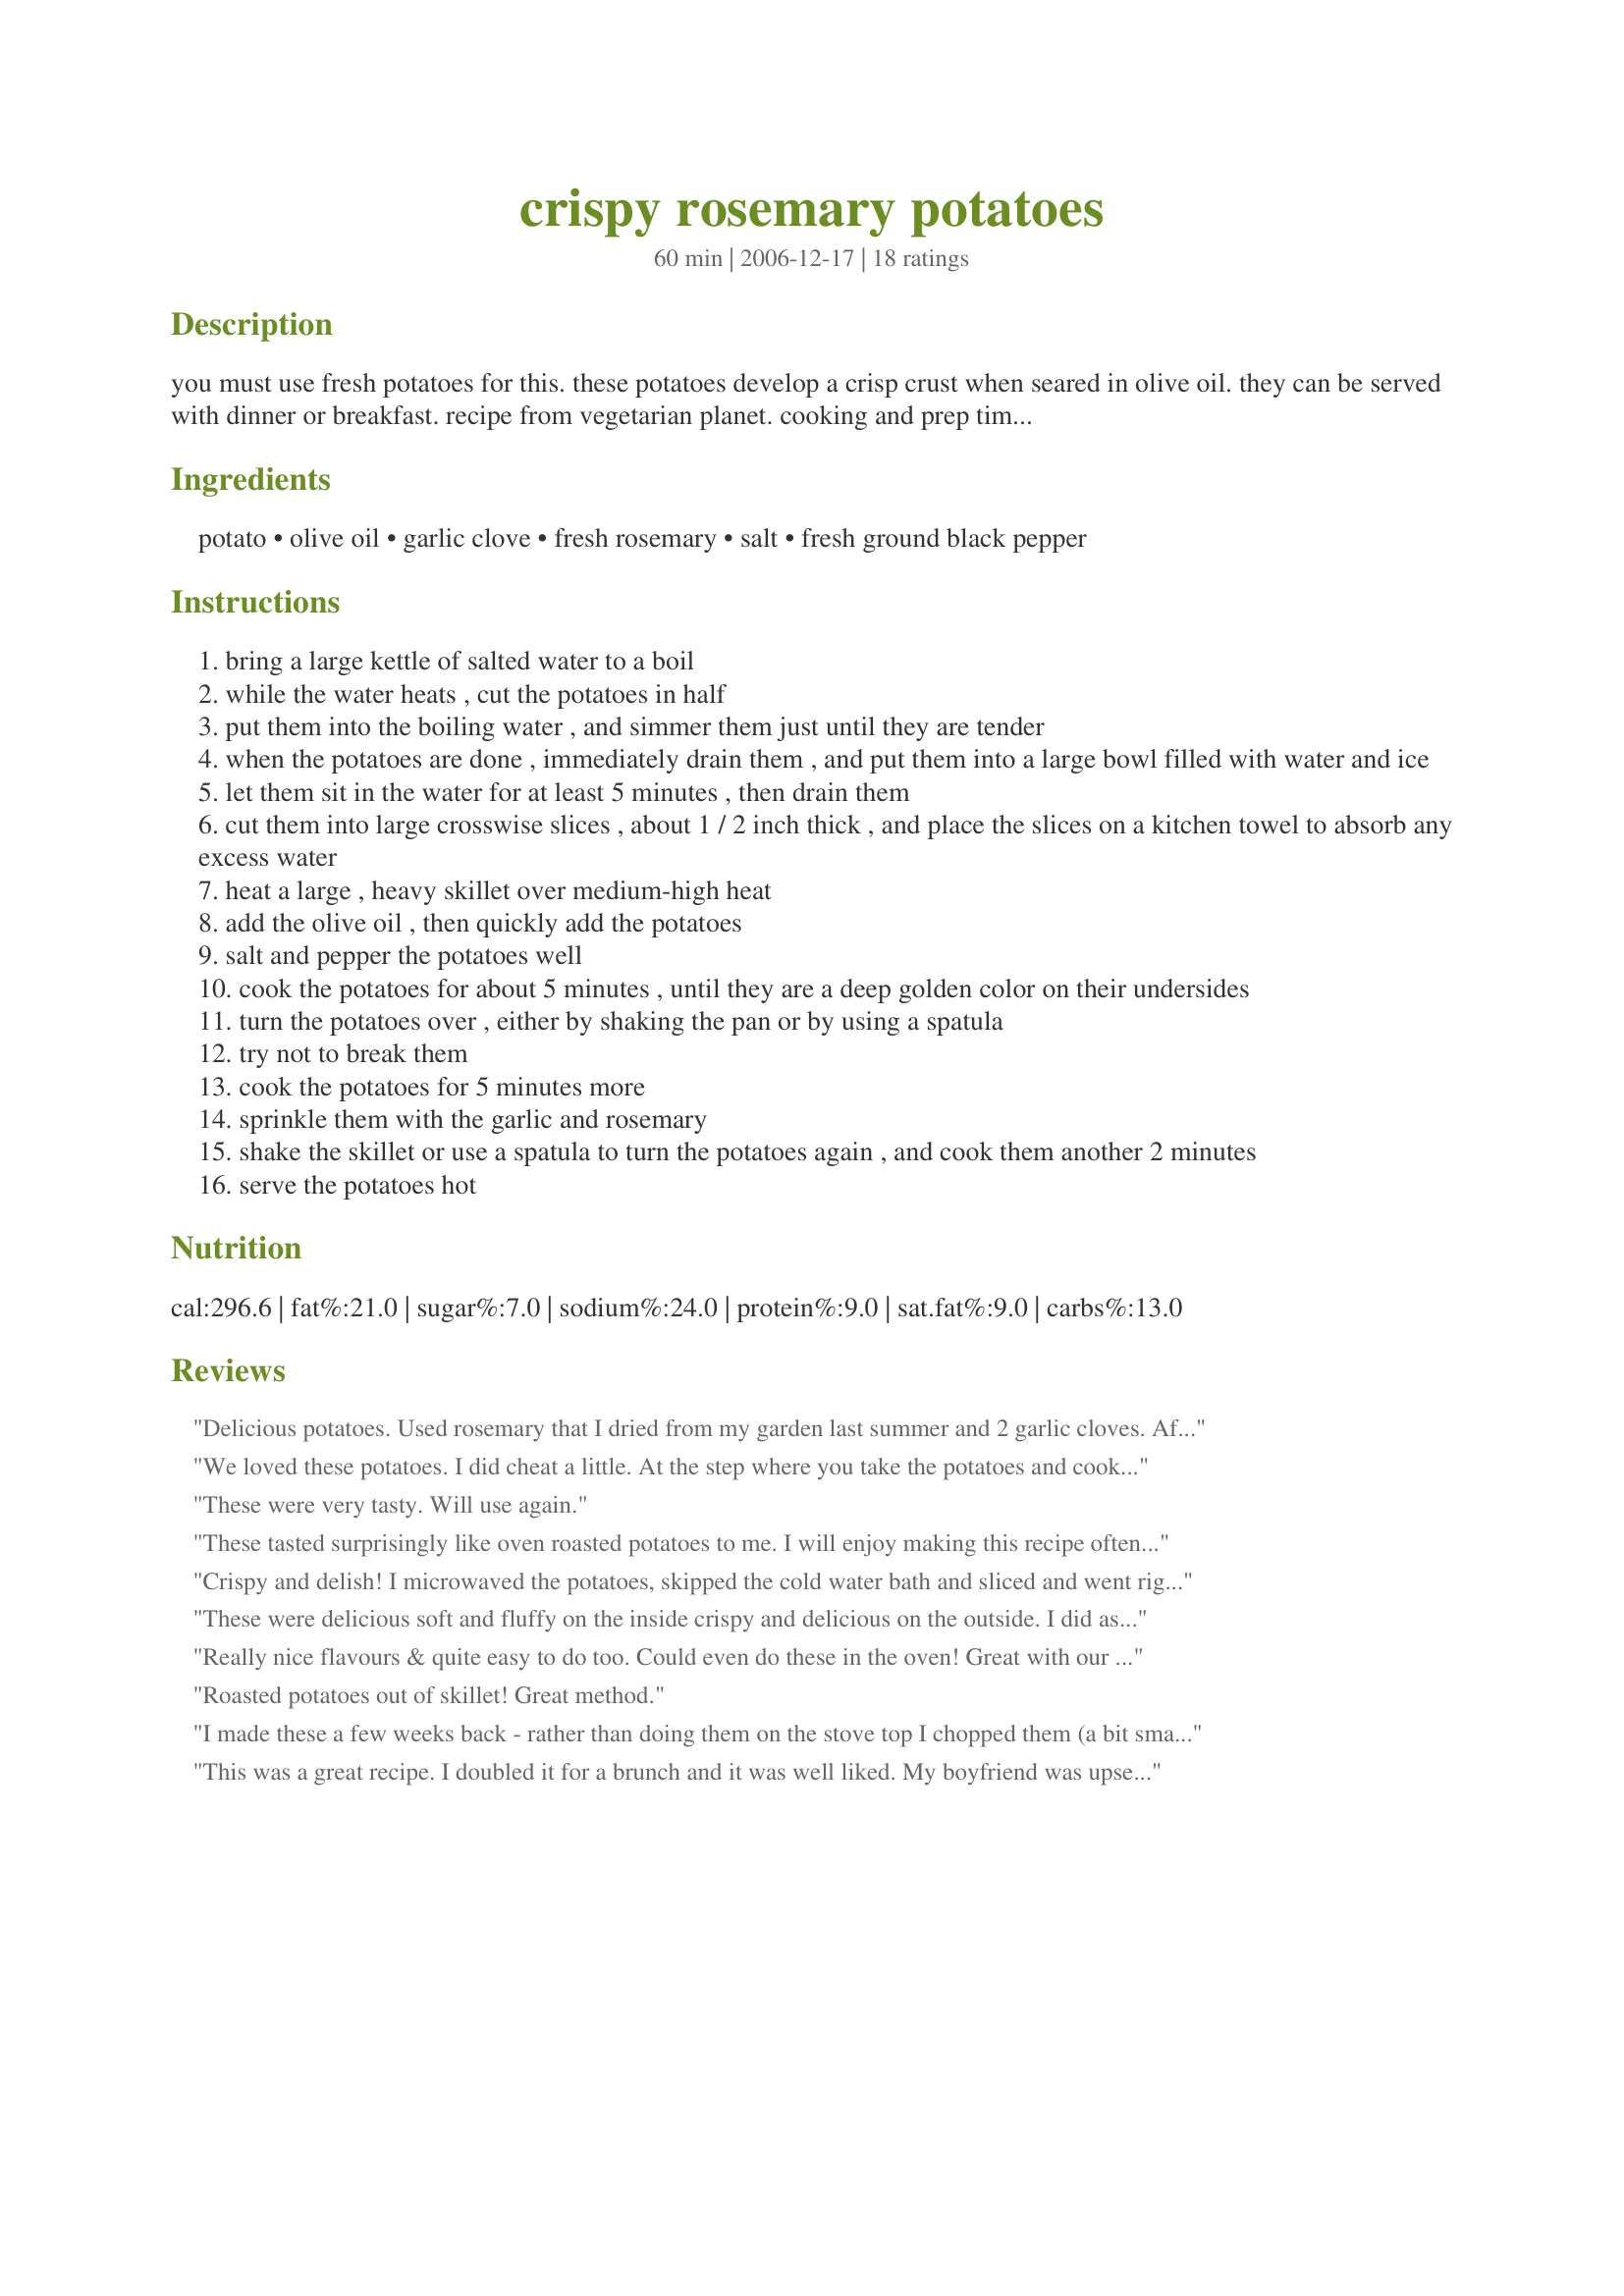
crispy rosemary potatoes
Preparation time: 60 minutes

you must use fresh potatoes for this. these potatoes develop a crisp crust when seared in olive oil. they can be served with dinner or breakfast. recipe from vegetarian planet. cooking and prep times are an estimate.

Ingredients:
potato, olive oil, garlic clove, fresh rosemary, salt, fresh ground black pepper

Steps:
bring a large kettle of salted water to a boil
while the water heats , cut the potatoes in half
put them into the boiling water , and simmer them just until they are tender
when the potatoes are done , immediately drain them , and put them into a large bowl filled with water and ice
let them sit in the water for at least 5 minutes , then drain them
cut them into large crosswise slices , about 1 / 2 inch thick , and place the slices on a kitchen towel to absorb any excess water
heat a large , heavy skillet over medium-high heat
add the olive oil , then quickly add the potatoes
salt and pepper the potatoes well
cook the potatoes for about 5 minutes , until they are a deep golden color on their undersides
turn the potatoes over , either by shaking the pan or by using a spatula
try not to break them
cook the potatoes for 5 minutes more
sprinkle them with the garlic and rosemary
shake the skillet or use a spatula to turn the potatoes again , and cook them another 2 minutes
serve the potatoes hot

Reviews:
Delicious potatoes. Used rosemary that I dried from my garden last summer and 2 garlic cloves. After reading the reviews I skipped the cold water and ice bath too. Served with recipe #218486 #218486. Wonderful combination of flavors.
We loved these potatoes. I did cheat a little. At the step where you take the potatoes and cook in the olive oil, I coated them and placed them in the oven and let them finish off in the oven. I turned them about half 15 minutes after placing them in the oven, then cooked for about 15 minutes longer. DH almost made himself sick on these!!!!
These were very tasty. Will use again.
These tasted surprisingly like oven roasted potatoes to me. I will enjoy making this recipe often when my oven is occupied. Thanks for sharing. ~Sue
Crispy and delish! I microwaved the potatoes, skipped the cold water bath and sliced and went right into frying. Made 4 serving and then used 4times the garlic! 
Thanks!
These were delicious soft and fluffy on the inside crispy and delicious on the outside. I did as another reviewer did and parboiled the potatoes put them back in the pan cooked the water off a little sprinkled with the olive oil, garlic, rosemary and some oregano tossed it a bit and put in on a large cookie sheet and finished in a 450 degree oven. Thanks for the great recipe.
Really nice flavours & quite easy to do too. Could even do these in the oven! Great with our fish for dinner!
Roasted potatoes out of skillet! Great method.
I made these a few weeks back - rather than doing them on the stove top I chopped them (a bit smaller than you would for the stove top) and baked them. 30 - 35 minutes in a hot oven and they were crunchy and delicious. I didn&#039;t have the time to keep watching them - thanks for the recipe.
This was a great recipe. I doubled it for a brunch and it was well liked. My boyfriend was upset that he didn't have any leftovers. Thanks for sharing.
These potatoes were good. I had to cook them about twice as long in the skillet for them to crisp up, but they were good on their own, but also served skillet style with an egg on top. Thanks for posting.
A winner in my house. They were easy to make and were nice and crispy.
Great potatoes! Easy and flavorful. Thanks for sharing! ZWT6
I made this with my recipe for Roast With Marsala Gravy. It was a great match with both of the dishes having garlic and Rosemary. The potatoes were crispy and great flavored. I loved the addition of the garlic and Rosemary. I will be making these often, as they are very versatile and will go with many entrees. Thank you for sharing your recipe with us Cookiedog! Linda
Very nice recipe. I loved the garlic and rosemary together, but doubled up on the garlic (just personal preference). I skipped the salt water boil, and just jumped right to sauteing them in a skillet until crispy. Thanks, cookiedog. Made for Zaar World Tour #6 while cooking with the Seasoned Sailors and his Sassy Sirens team.
This was simple and delicious! I'm a sucker for fresh herbs and garlic, so this would be a perfect side for many combinations of main dishes and meats. You've done it again cookiedog!! Thanks!!!
These were healthy and great! I followed the recipe exactly as written. I was worried about over cooking the potatoes during the boiling stage because I didn't want a mushy mess during the frying stage. My hyper vigilance paid off, because they worked out super! I used fresh, chopped rosemary and freshly minced garlic which added a great, subtle flavor. Thanks Cookiedog for sharing, I will definitely make these again!
I had fresh rosemary and loved these. Made them as part of breakfast todY
